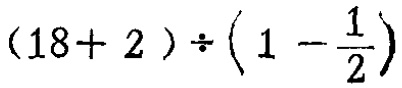
$(18 + 2)\div\left(1 - \frac{1}{2}\right)$